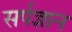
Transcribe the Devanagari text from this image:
सर्पज्ञान